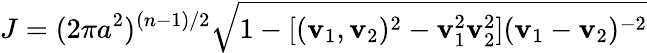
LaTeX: J=(2\pi a^{2})^{(n-1)/2}\sqrt{1-[({\mathbf v}_{1},{\mathbf v}_{2})^{2}-{\mathbf v}_{1}^{2}{\mathbf v}_{2}^{2}]({\mathbf v}_{1}-{\mathbf v}_{2})^{-2}}